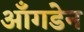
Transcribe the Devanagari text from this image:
ऑंगडेन